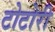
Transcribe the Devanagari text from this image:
टोटोरी